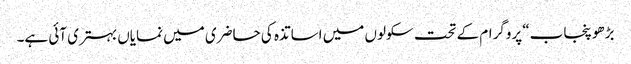
بڑھو پنجاب“ پروگرام کے تحت سکولوں میں اساتذہ کی حاضری میں نمایاں بہتری آئی ہے۔